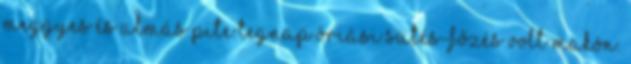
Meggyes és almás pite Tegnap óriási sütés-főzés volt Makón.